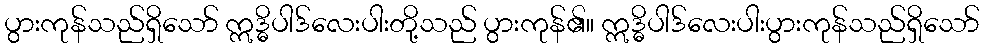
ပွားကုန်သည်ရှိသော် ဣဒ္ဓိပါဒ်လေးပါးတို့သည် ပွားကုန်၏။ ဣဒ္ဓိပါဒ်လေးပါးပွားကုန်သည်ရှိသော်